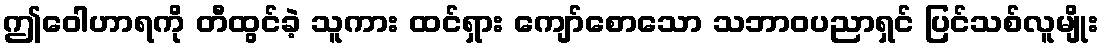
ဤဝေါဟာရကို တီထွင်ခဲ့ သူကား ထင်ရှား ကျော်စောသော သဘာဝပညာရှင် ပြင်သစ်လူမျိုး